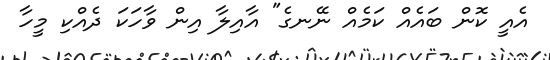
އެއީ ކޮން ބައެއް ކަމެއް ނޭނގެ" އާއިލާ އިން ވާހަކަ ދެއްކި މީހާ